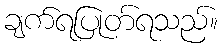
ချက်ရပြုတ်ရသည်။